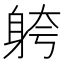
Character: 䠸